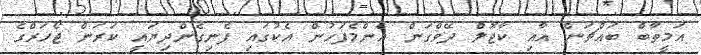
އަމީތާބް ބައްޗަން އާއި ކާޖޮލް ދޭވްގަން އެންމެފަހުން އެކުގައި ފެނިގެންދިޔައީ ކަރަން ޖޯހަރްގެ